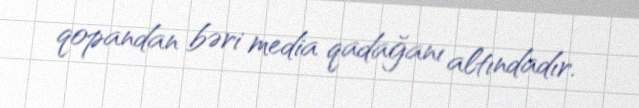
qopandan bəri media qadağanı altındadır.